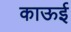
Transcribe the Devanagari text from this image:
काऊई